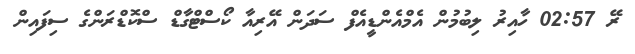
ރޭ 02:57 ހާއިރު ލިބުމުން އެމްއެންޑީއެފް ސަދަން އޭރިއާ ކޯސްޓްގާޑް ސްކޮޑްރަންގެ ސިފައިން